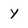
Character: Y